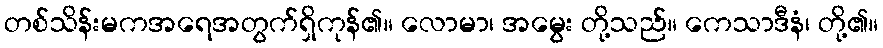
တစ်သိန်းမကအရေအတွက်ရှိကုန်၏။ လောမာ၊ အမွေး တို့သည်။ ကေသာဒီနံ၊ တို့၏။